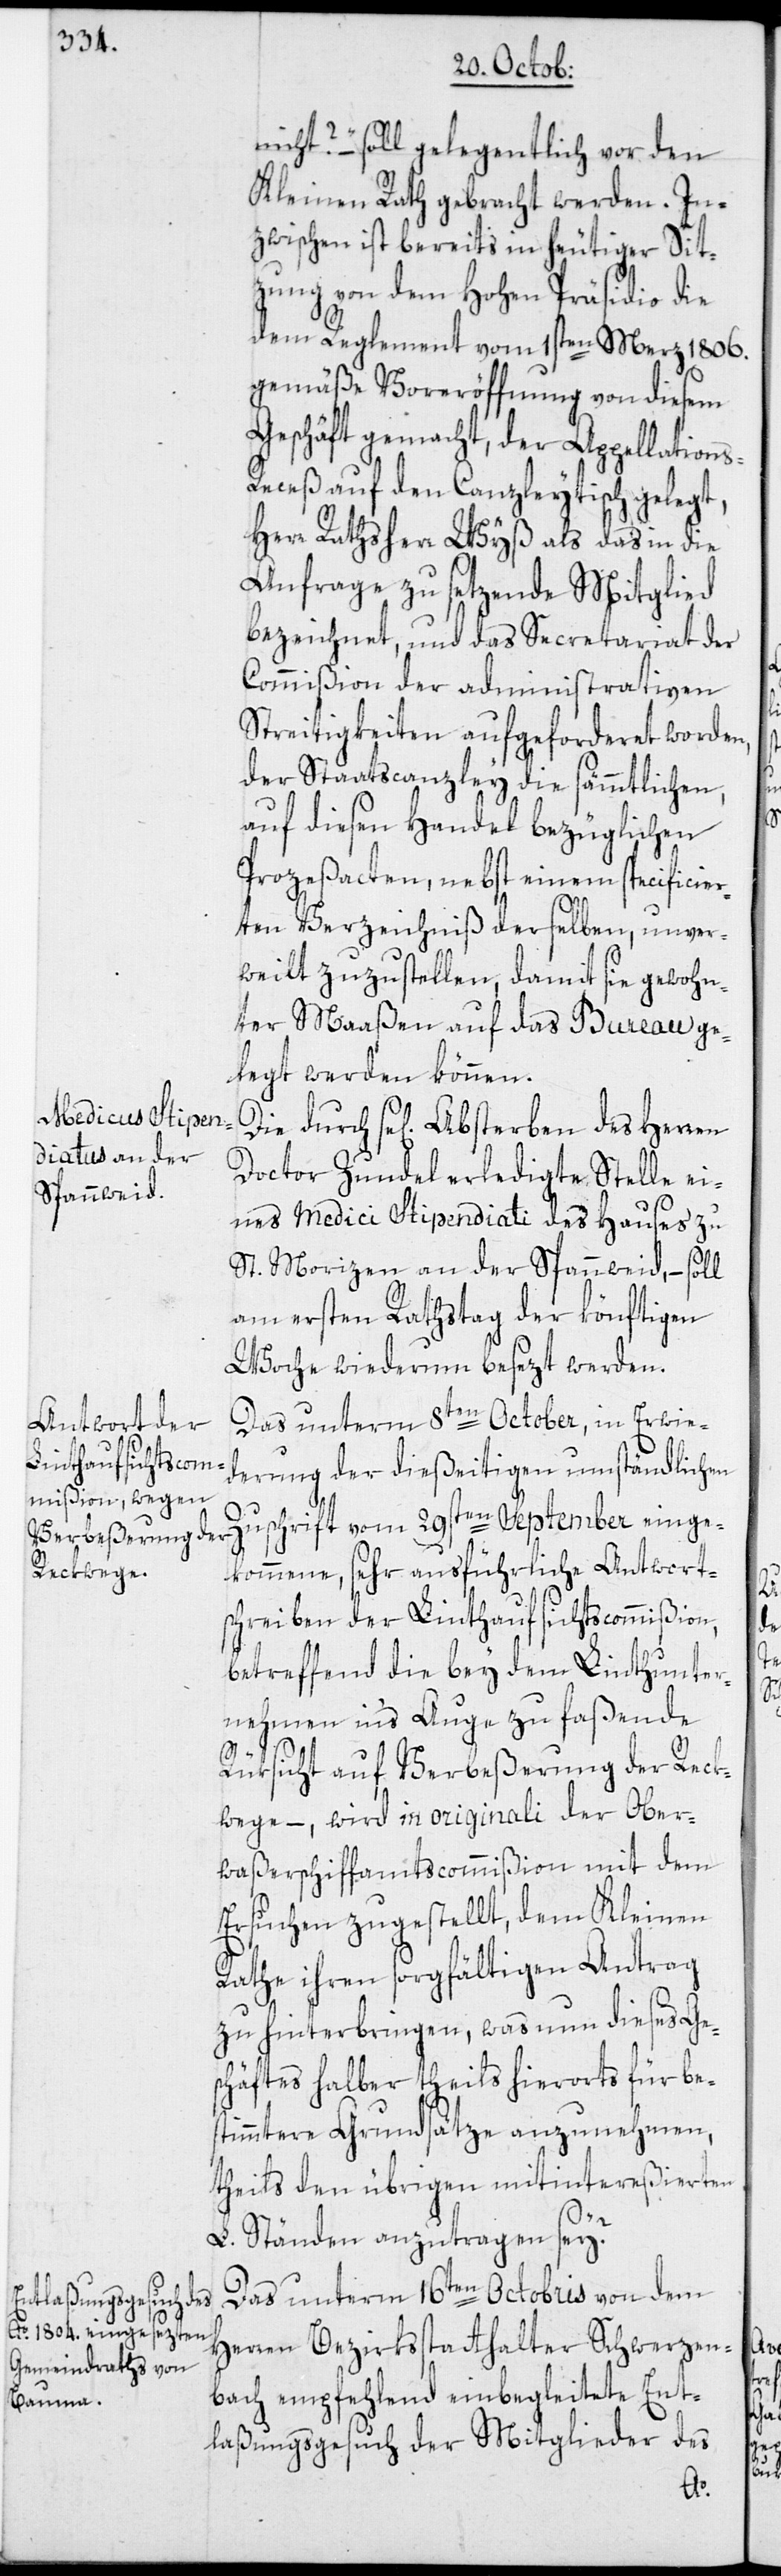
nicht?“ – soll gelegentlich vor den
Kleinen Rath gebracht werden. In¬
zwischen ist bereits in heutiger Sit¬
zung von dem Hohen Präsidio die
dem Reglement vom 1sten Merz 1806.
gemäße Voreröffnung von diesem
Geschäft gemacht, der Appellation¬
eceß auf den Canzleytisch gelegt,
Herr Rathsherr Wyß als das in die
Anfrage zu setzende Mitglied
bezeichnet, und das Secretariat der
Commißion der administrativen
Streitigkeiten aufgeforderet worden,
der Staatscanzley die sämmtlichen,
auf diesen Handel bezüglichen
Prozeßacten, nebst einem specificier¬
ten Verzeichniß derselben, unver¬
weilt zuzustellen, damit sie gewohn¬
ter Maaßen auf das Bureau ge¬
legt werden können.
Doctor Zundel erledigte Stelle ei¬
nes Medici Stipendiati des Hauses zu
St. Morizen an der Spannweid, – soll
am ersten Rathstag der könftigen
Woche wiederum besezt werden.
Das unterm 8ten October, in Erwie¬
derung der dießeitigen umständlichen
Zuschrift vom 29sten September einge¬
kommene, sehr ausführliche Antworts¬
chreiben der Linthaufsichtscommißion,
betreffend die bey dem Linthunter¬
nehmen in‘s Auge zu faßende
Rüksicht auf Verbeßerung der Reck¬
wege, – wird in originali der Ober¬
waßerschiffamtscommißion mit dem
Ersuchen zugestellt, dem Kleinen
Rathe ihren sorgfältigen Antrag
zu hinterbringen, was nun dieses Ge¬
schäftes halber theils hierorts für be¬
stimmtere Grundsätze anzunehmen,
theils den übrigen mitintereßierten
L. Ständen anzutragen sey?
Das unterm 16ten Octobris von dem
Herren Bezirksstatthalter Schwerzen¬
bach empfehlend einbegleitete Ent¬
laßungsgesuch der Mitglieder des
s-R¬

Herren